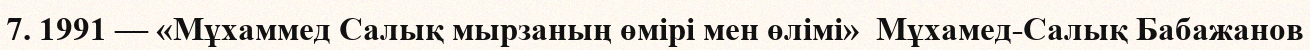
7. 1991 — «Мұхаммед Салық мырзаның өмірі мен өлімі»  Мұхамед-Салық Бабажанов